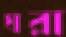
ঘরা